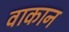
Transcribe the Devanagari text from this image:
वाकान